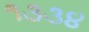
૧૩૩૪